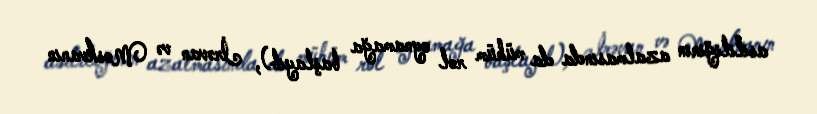
asılılığının azalmasında da mühüm rol oynamağa başlayıb), İrəvan və Moskvanın